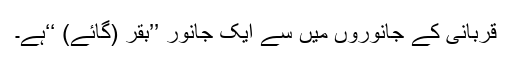
قربانی کے جانوروں میں سے ایک جانور ’’بقر (گائے) ‘‘ہے۔